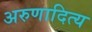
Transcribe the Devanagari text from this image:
अरुणादित्य